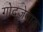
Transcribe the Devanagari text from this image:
गोद्जेवाक